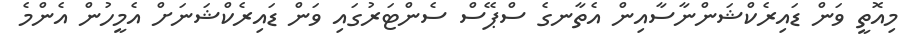
މިއޮތީ ވަން ޑައިރެކްޝަންނާސާއިން އެތާނގެ ސްޕޭސް ސެންޓަރުގައި ވަން ޑައިރެކްޝަނަށް އެމީހުން އެންމެ